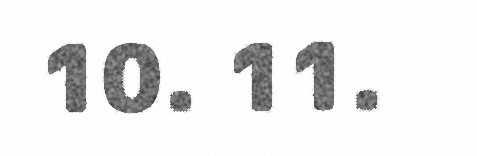
10. 11.